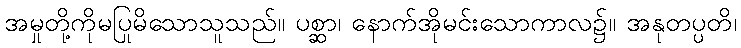
အမှုတို့ကိုမပြုမိသောသူသည်။ ပစ္ဆာ၊ နောက်အိုမင်းသောကာလ၌။ အနုတပ္ပတိ၊